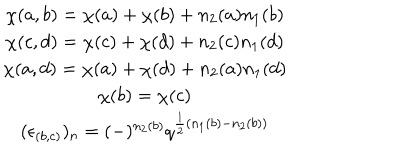
LaTeX: \begin{array} { c } { { \chi ( a , b ) = \chi ( a ) + \chi ( b ) + n _ { 2 } ( a ) n _ { 1 } ( b ) } } \\ { { \chi ( c , d ) = \chi ( c ) + \chi ( d ) + n _ { 2 } ( c ) n _ { 1 } ( d ) } } \\ { { \chi ( a , d ) = \chi ( a ) + \chi ( d ) + n _ { 2 } ( a ) n _ { 1 } ( d ) } } \\ { { \chi ( b ) = \chi ( c ) } } \\ { { ( \epsilon _ { ( b , c ) } ) _ { n } = ( - ) ^ { n _ { 2 } ( b ) } q ^ { \frac { 1 } { 2 } ( n _ { 1 } ( b ) - n _ { 2 } ( b ) ) } } } \\ \end{array}